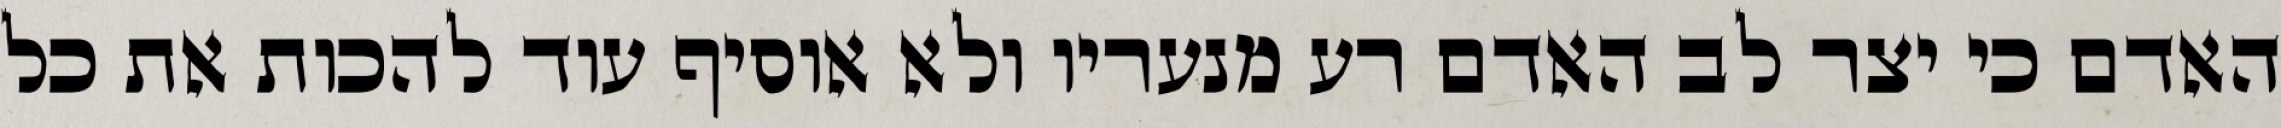
האדם כי יצר לב האדם רע מנעריו ולא אוסיף עוד להכות את כל